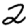
Digit: 2